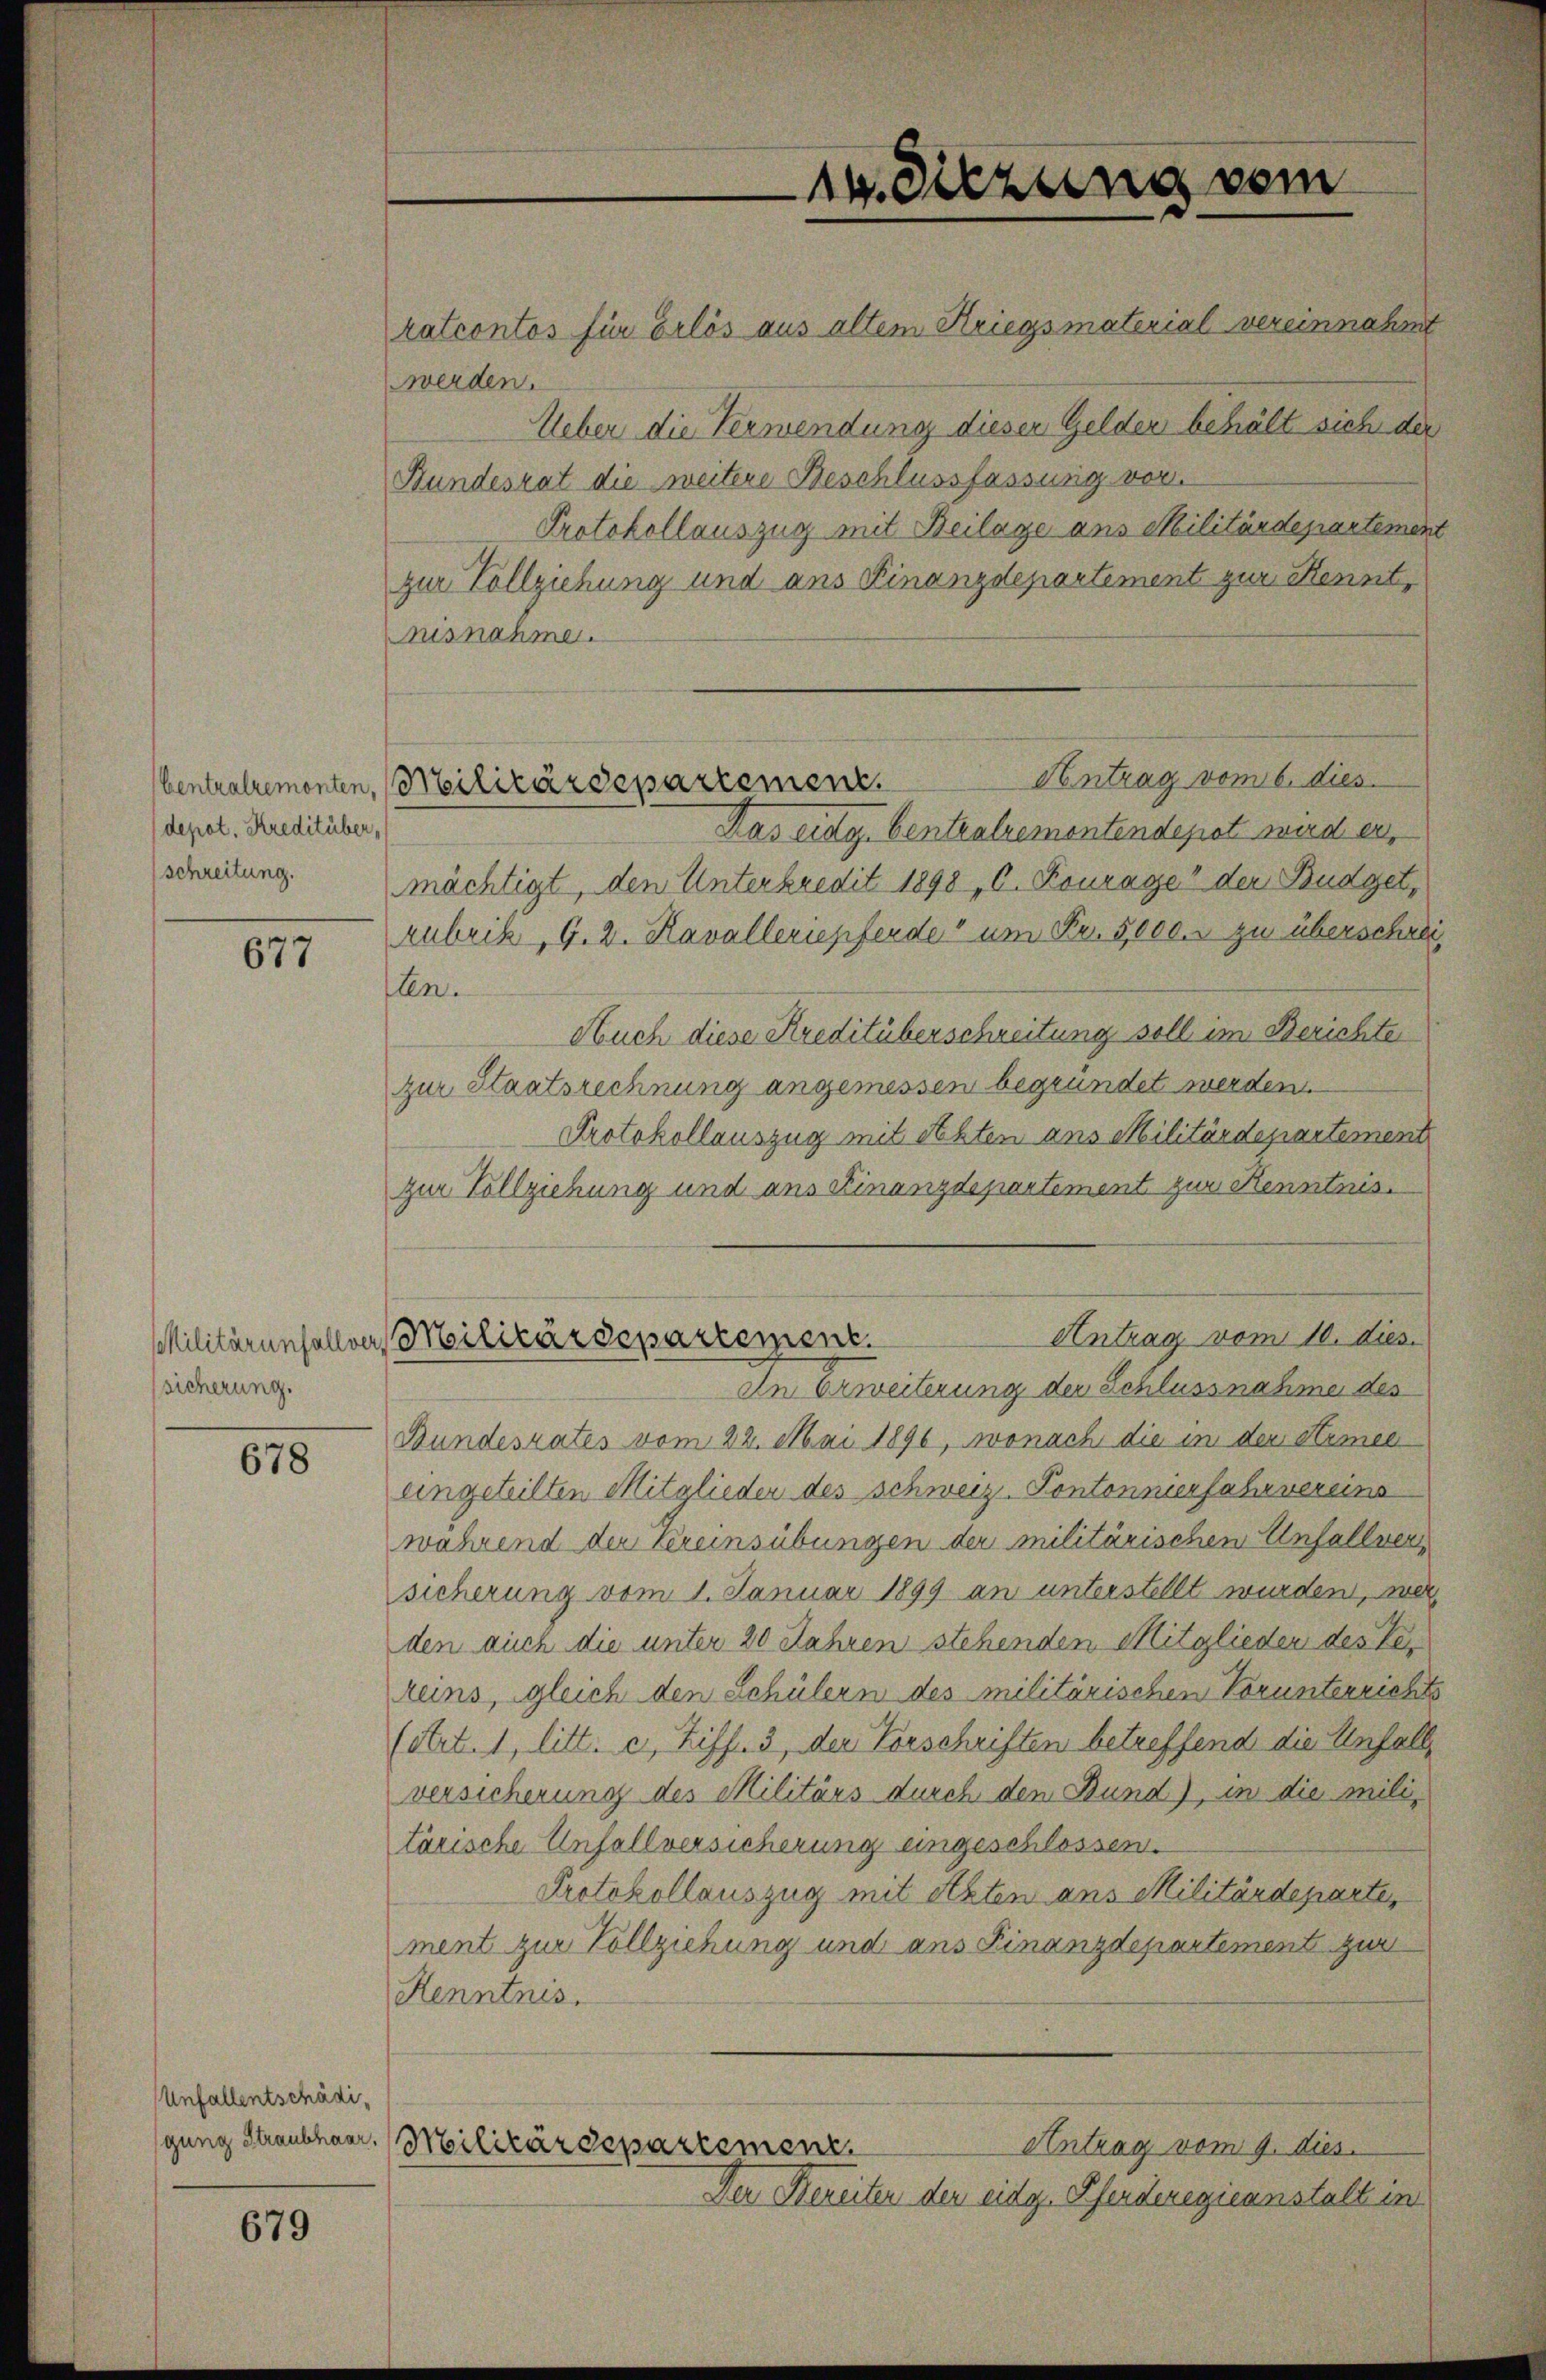
14. Sitzung vom

ratcontos für Erlös aus altem Kriegsmaterialvereinnahmt
werden.
Ueber die Verwendung dieser Gelder behält sich der
Bundesrat die weitere Beschlussfassung vor.
Protokollauszug mit Beilage ans Militärdepartement
zur Vollziehung und aus Finanzdepartement zur Kenntnisnahme.
Antrag vom 6. dies
Das eidg. Centralremontendepot wird er,
mächtigt, den Unterkredit 1898, C. Kourage der Budget,
rubrik, G. 2. Kavalleriepferde um Fr. 5,000. zu überschreiten.
Auch diese Kreditüberschreitung soll im Berichte
zur Staatsrechnung angemessen begründet werden.
Protokollauszug mit Akten aus Militärdepartement
zur Vollziehung und aus Finanzdepartement zur Kenntnis
Antrag vom 10. dies.
Militärenfallver, Militärdepartement.
In Erweiterung der Schlussnahme des
Bundesrates vom 22. Mai 1896, wonach die in der Armee
eingeteilten Mitglieder des schweiz. Pontonnierfahrvereins
während der Kereinsübungen der militärischen Unfallver
sicherung vom 1. Januar 1899 an unterstellt wurden, wei
den auch die unter 20 Jahren stehenden Mitglieden des Ver
reins, gleich den Schülern des militärischen Vorunterrichts
(trt. 1, litt. c, Ziff. 3, der Vorschriften betreffend die Unfall
versicherung des Militärs durch den Bund), in die militärische Unfallversicherung eingeschlossen.
Protokollauszug mit etzten aus Militärdeparte,
ment zur Vollziehung und ans Finanzdepartement zur
Henntnis.
Antrag vom 9. dies
Militärdepartement.
Der Bereiten den eidg. Pferderegieanstalt in

Centralremonten, Militärdepartement,

depot. Kreditüber,
schreitung.

677

sicherung.

678

Unfallentschädigung Straubhaar,

679